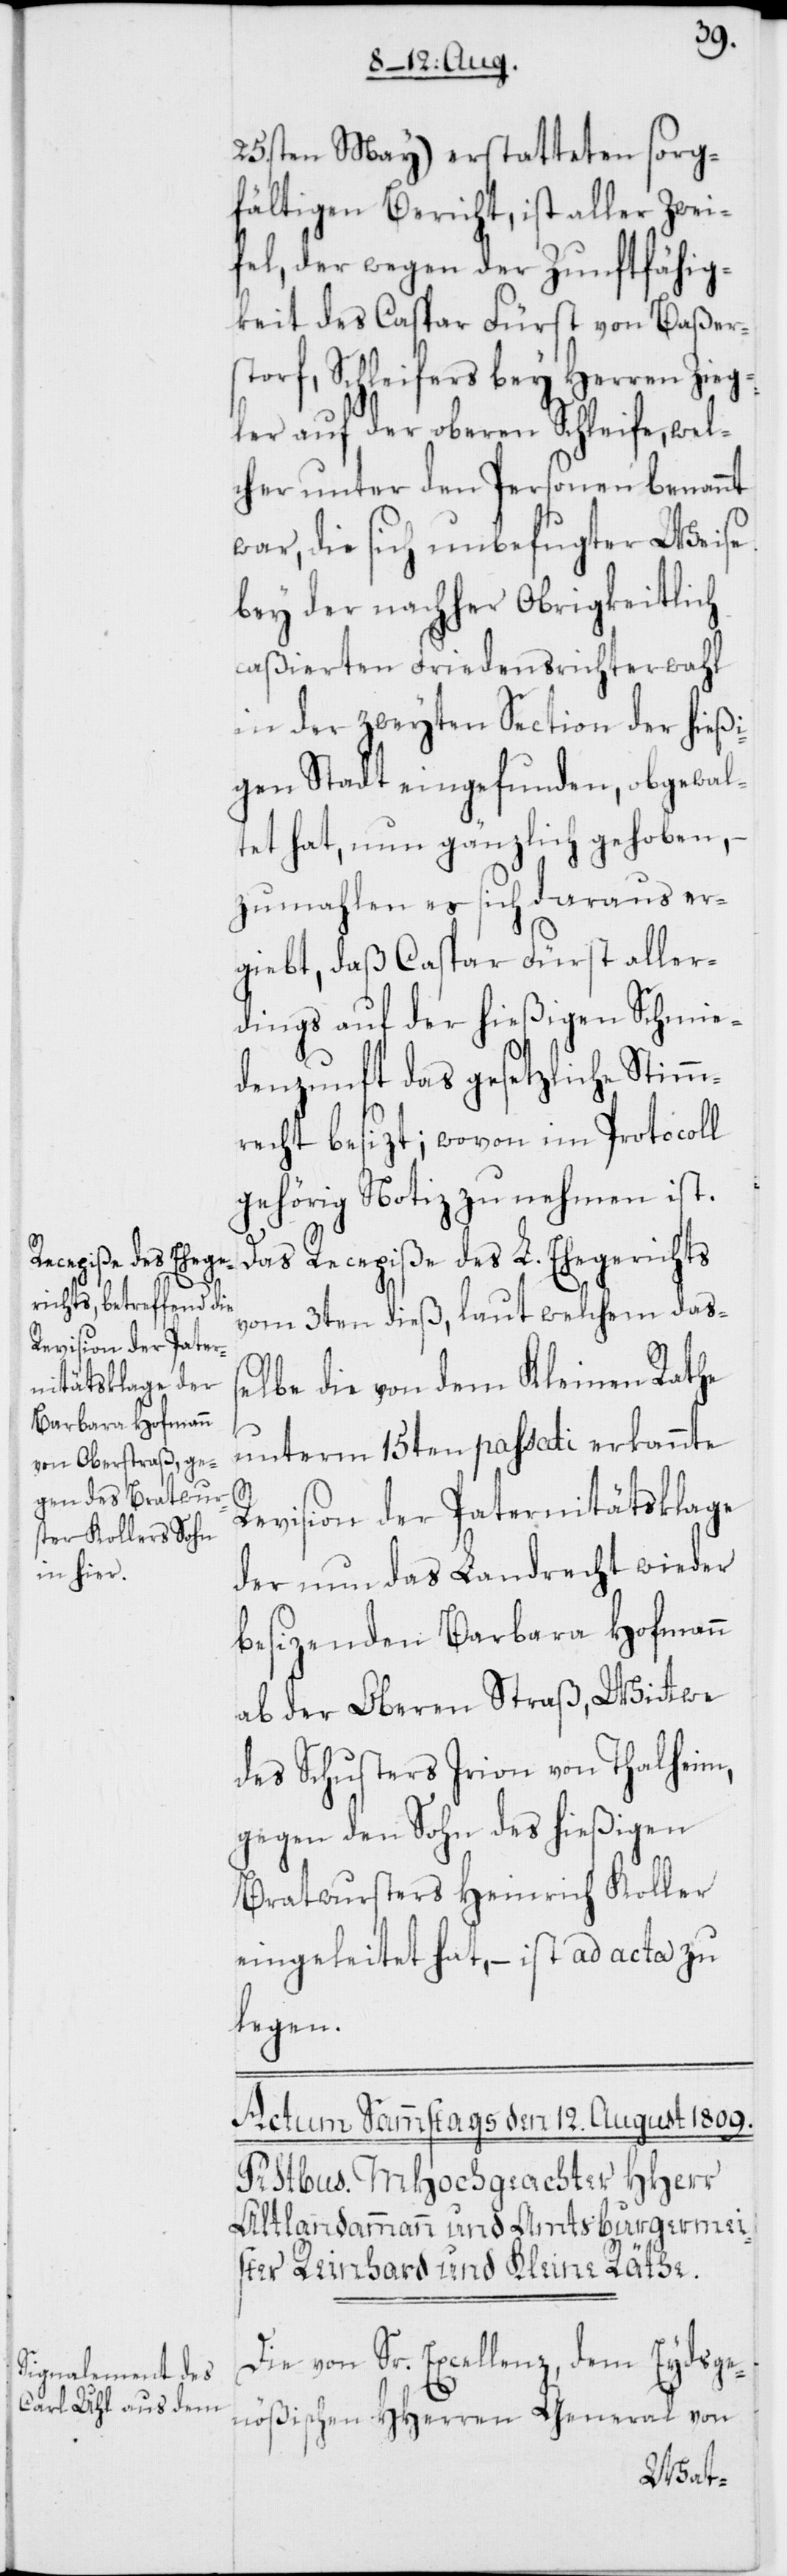
25.sten May) erstatteten sorg¬
fältigen Bericht, ist aller Zwei¬
fel, der wegen der Zunftfähig¬
keit des Caspar Fürst von Baßer¬
storf, Schleifers bey Herren Zieg¬
ler auf der oberen Schleife, wel¬
cher unter den Personen benannt
war, die sich unbefugter Weise
bey der nachher Obrigkeitlich
caßierten Friedensrichterwahl
in der zweyten Section der hießi¬
gen Stadt eingefunden, obgewal¬
tet hat, nun gänzlich gehoben, –
zumahlen es sich daraus er¬
giebt, daß Caspar Fürst aller¬
dings auf der hießigen Schmie¬
denzunft das gesetzliche Stimm¬
recht besizt; wovon im Protocoll
gehörig Notiz zu nehmen ist.
Das Recepiße des L. Ehegerichts
vom 3ten dieß, laut welchem daß¬
elbe die von dem Kleinen Rathe
unterm 15ten passati erkannte
Revision der Paternitätsklage
der nun das Landrecht wieder
besizenden Barbara Hofmann
ab der Oberen Straß, Wittwe
des Schusters Irion von Thalheim,
gegen den Sohn des hießigen
Bratwursters Heinrich Koller
eingeleitet hat, – ist ad acta zu
legen.
Die von Sr. Excellenz, dem Eydsge¬
nößischen HHerren General von